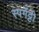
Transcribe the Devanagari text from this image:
स्पगॅट्टी